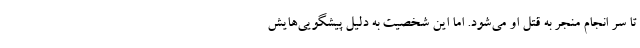
تا سر انجام منجر به قتل او می‌شود. اما این شخصیت به دلیل پیشگویی‌هایش